65_HS1-834228961_62-HQ-83894_Section_7
Agency: FBI
Page 36
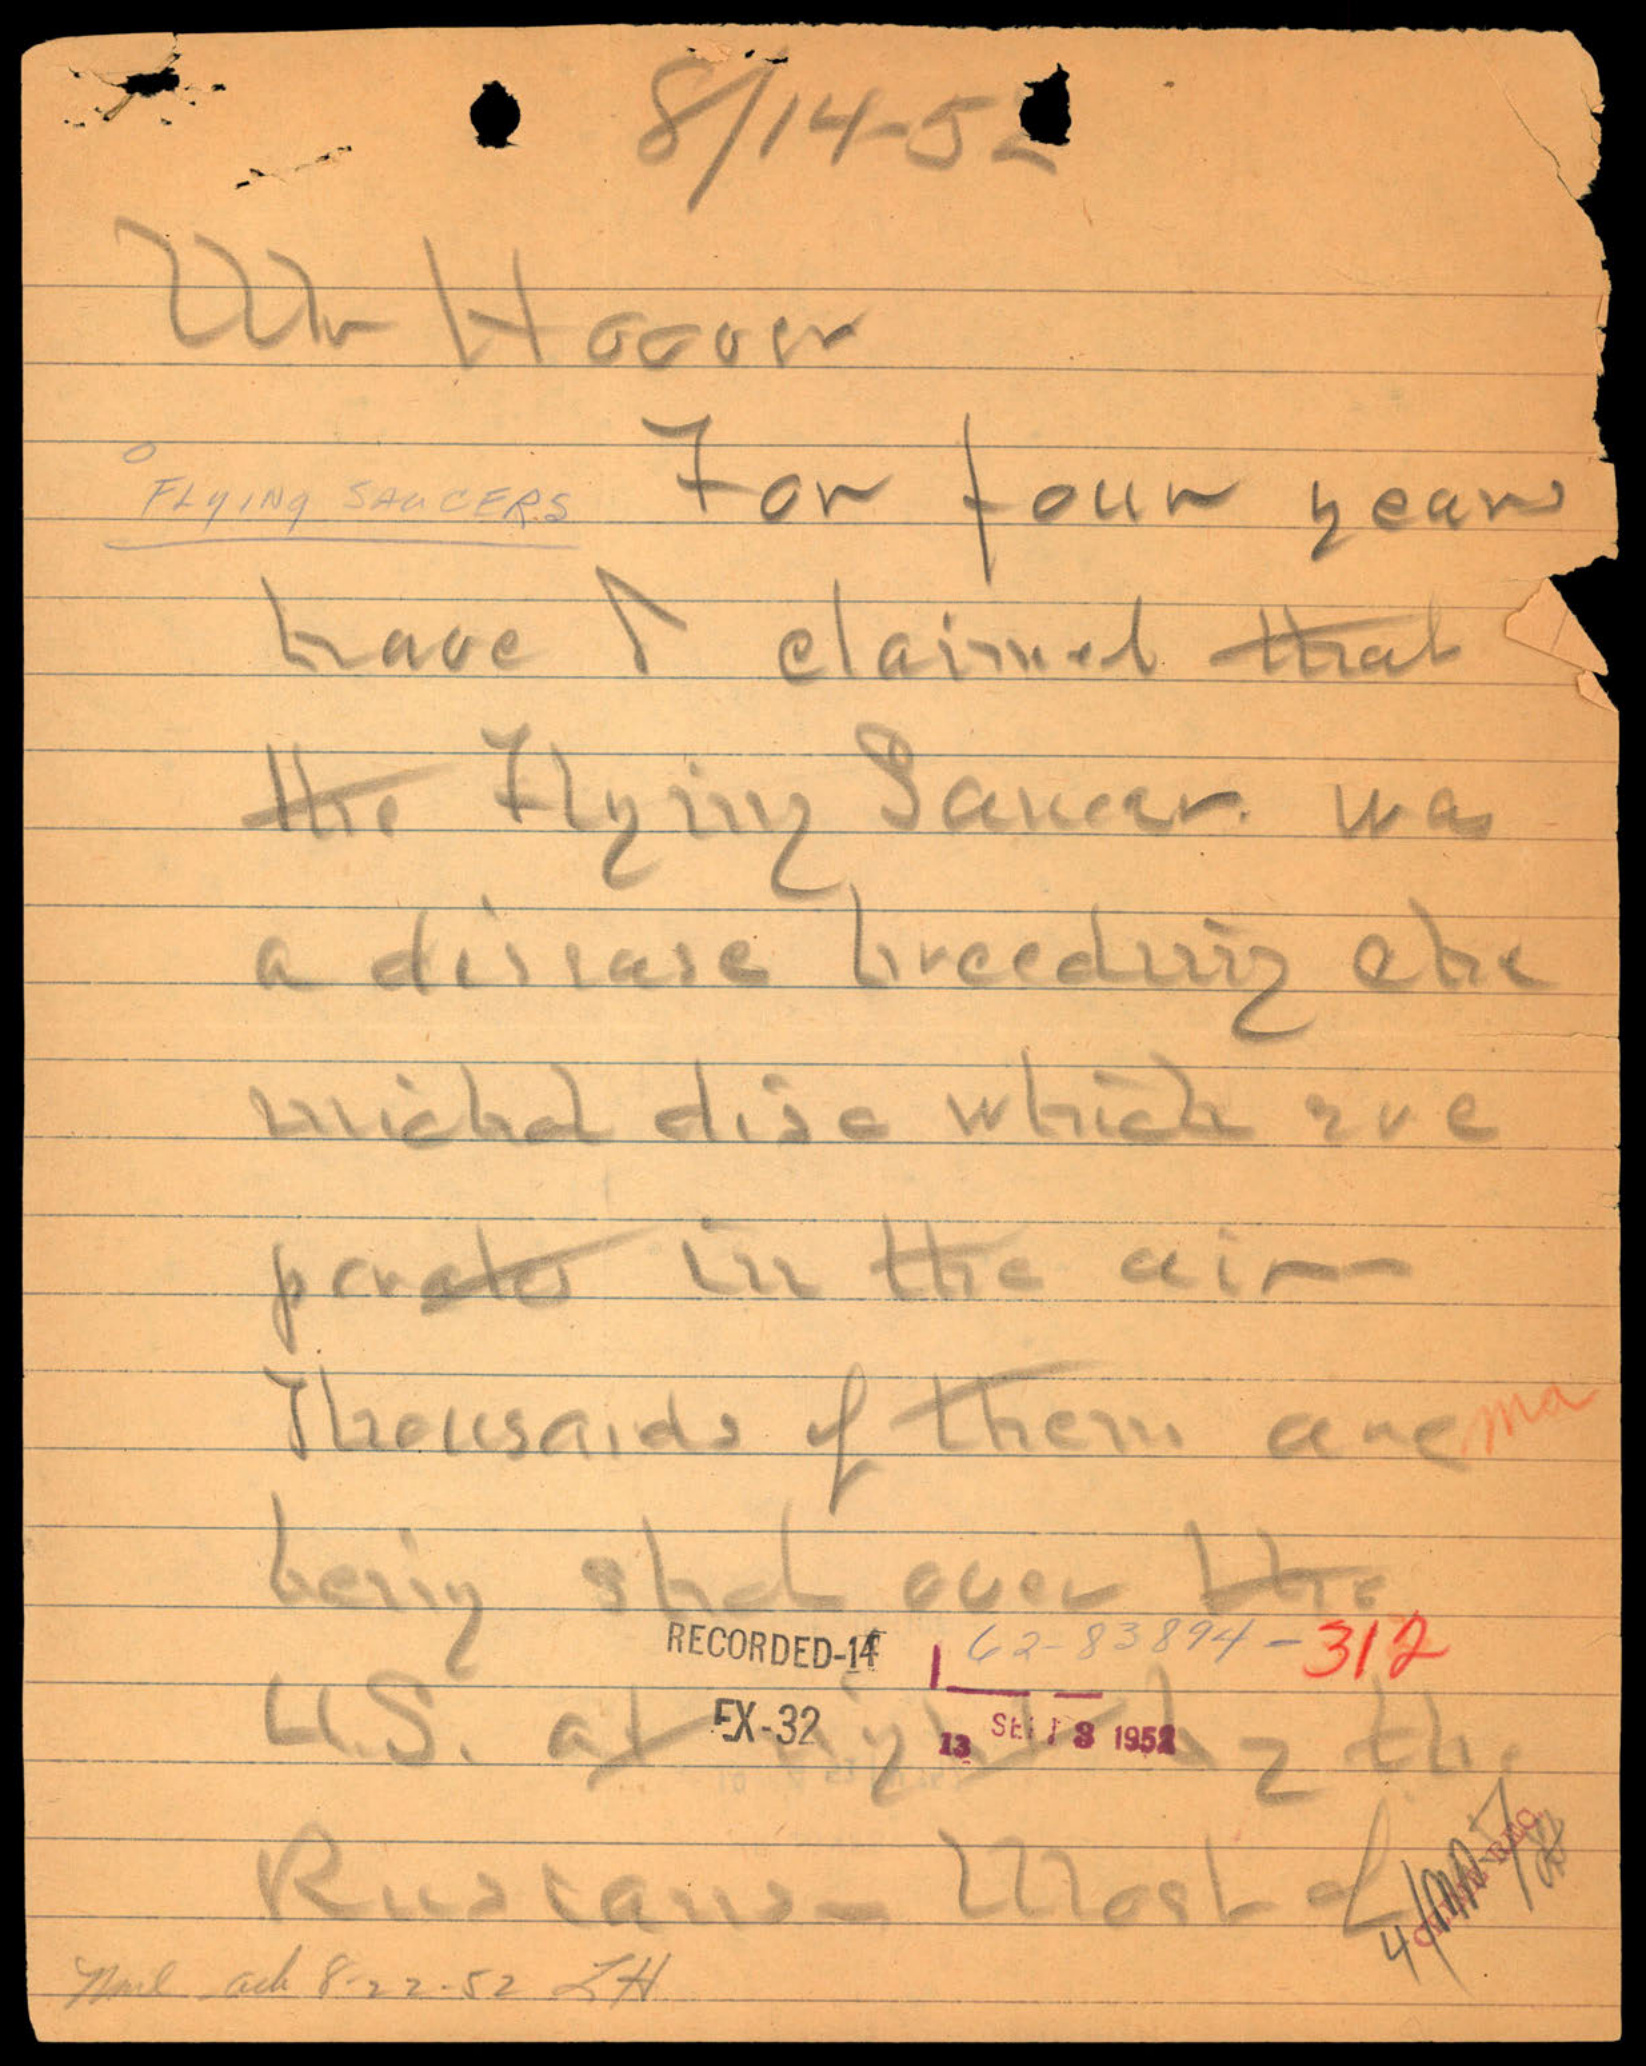